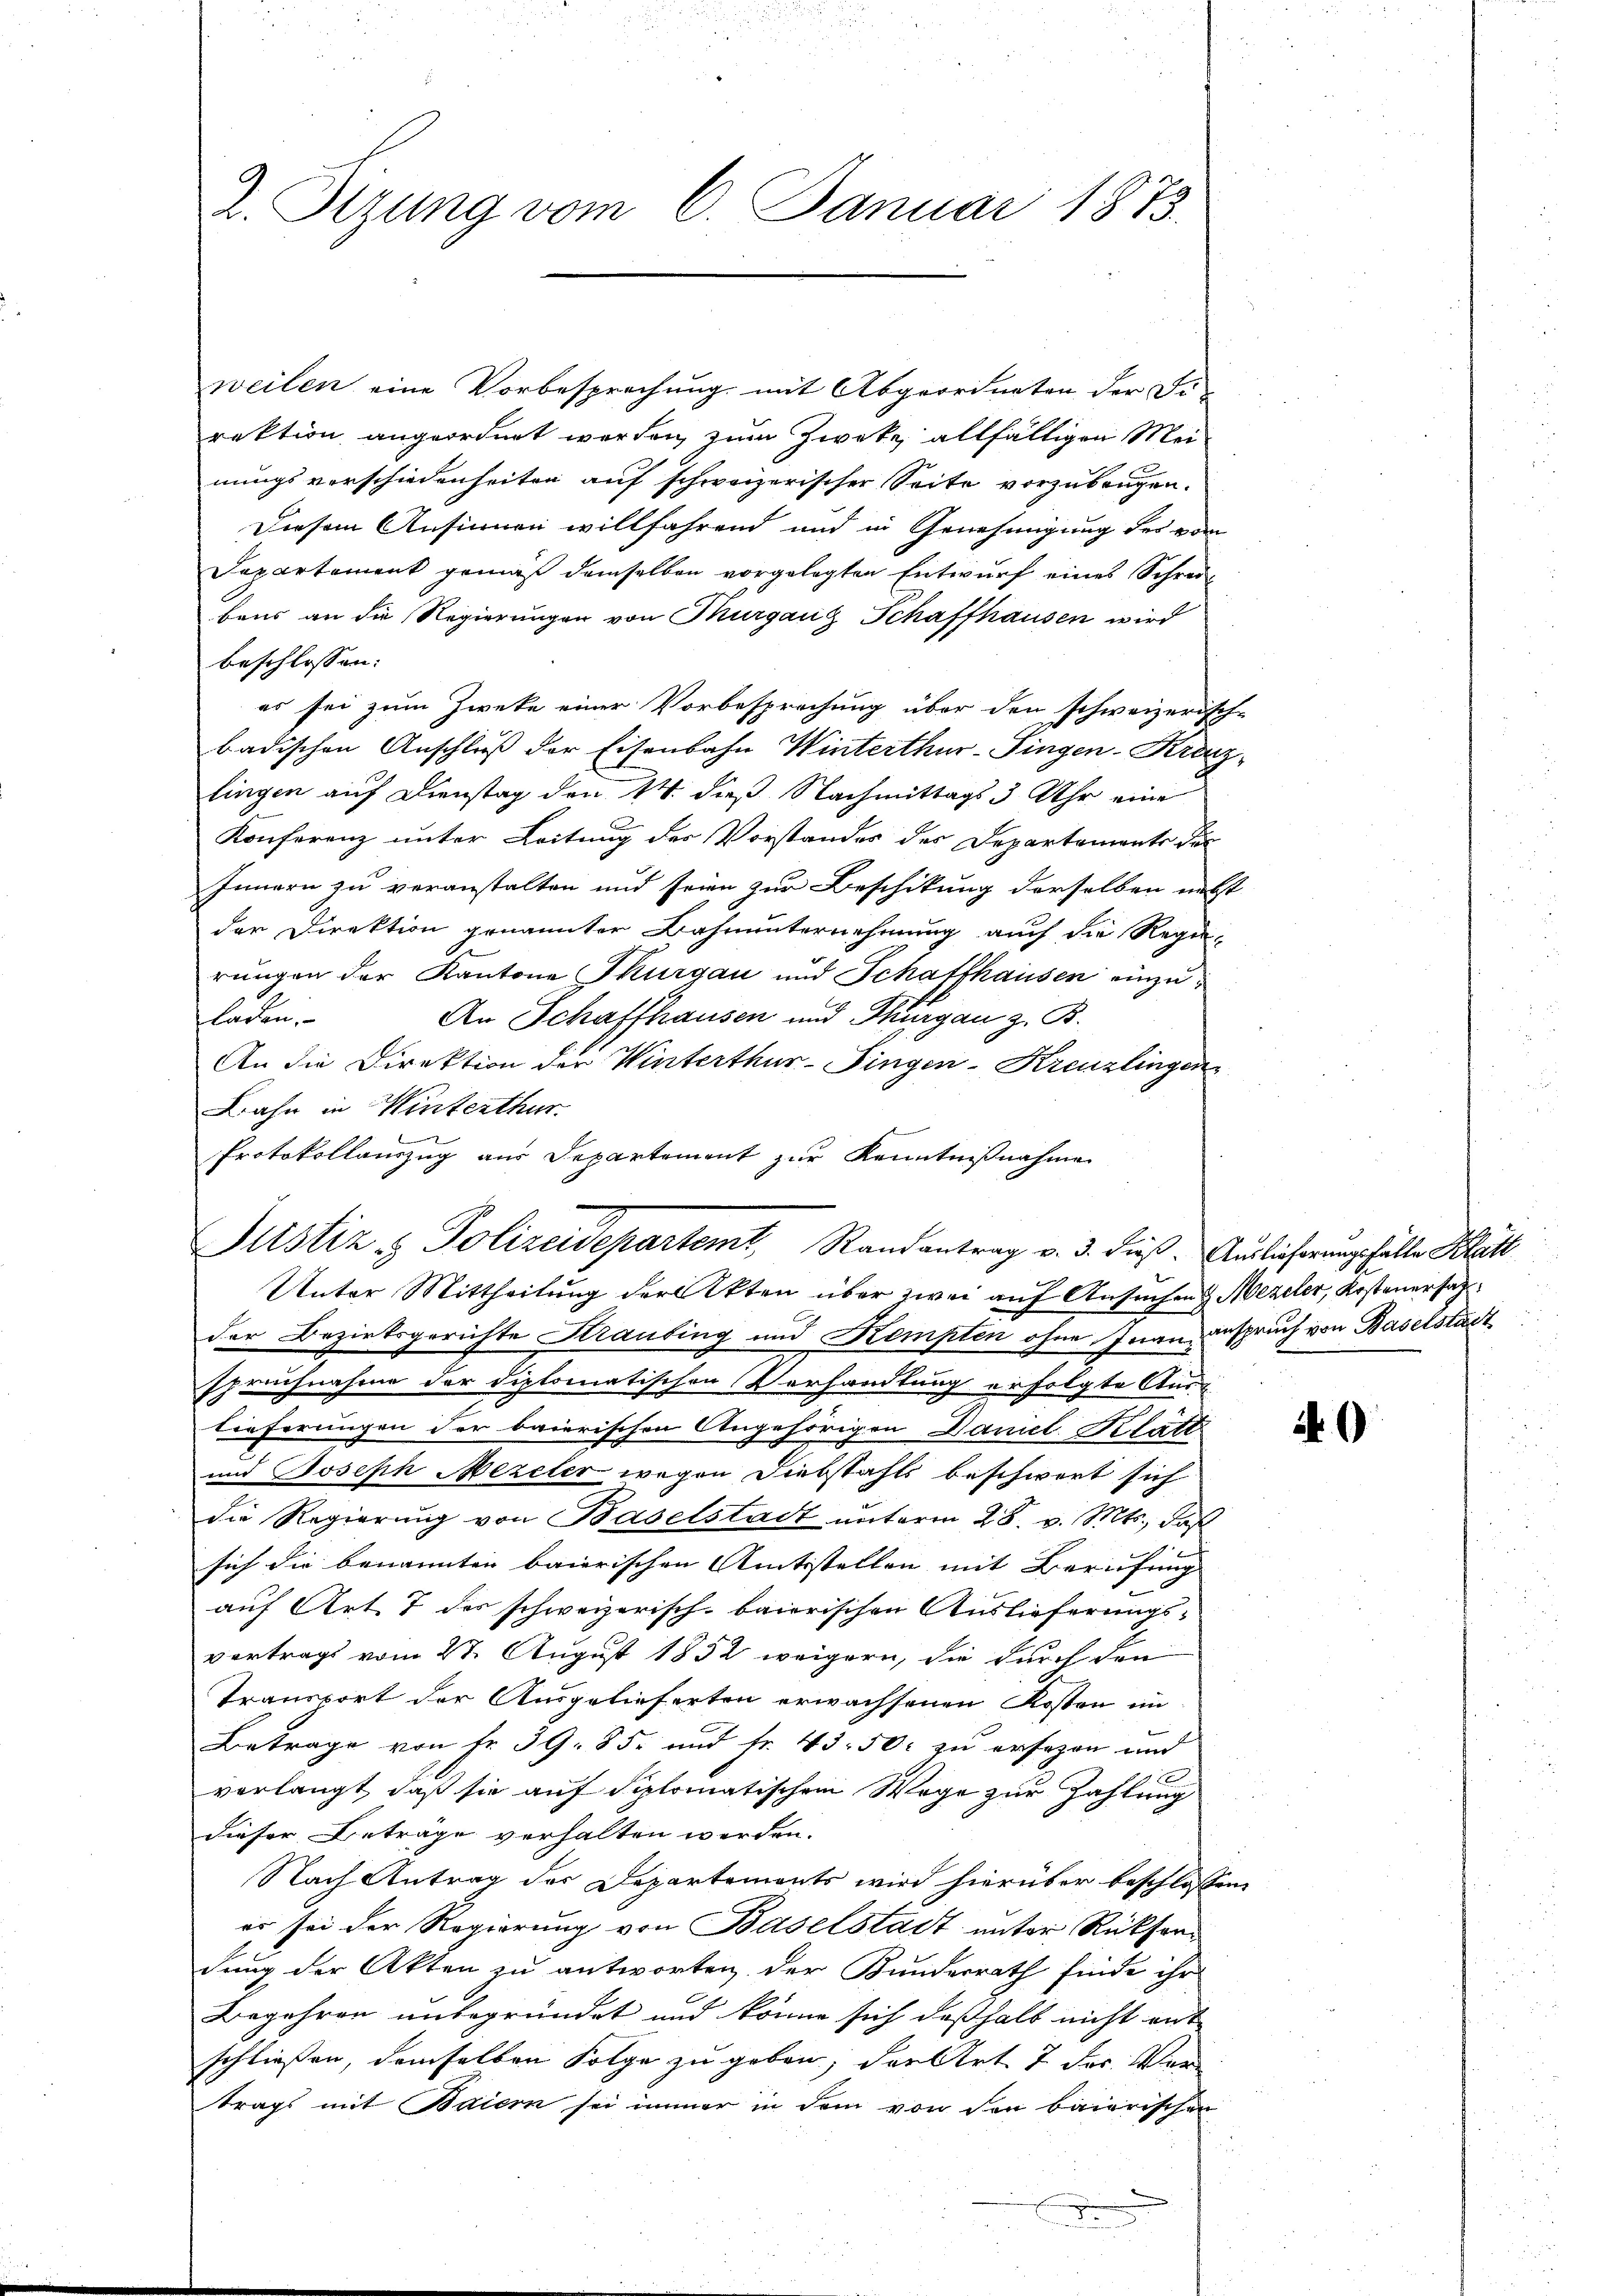
L. Stzung vom 6. Januar 1873.

weilen eine Vorbesprechung mit Abgeordneten der Fi-
rektion angeordnet worden, zum Zwecke allfälligen Meinungsverschiedenheiten auf schweizerischer Seite vorzubeugen.
Diesem Ansinnen willfahrend und in Genehmigung des vom
Dapartement gemäß demselben vorgelegten Entwurf eines Schrei¬
Beus an die Regierungen von Thurganz Schaffhausen wird
beschlossen:
er sei zum Zwecke einer Vorbesprochung über den schweizerisch-
badischen Anschluß der Eisenbahn Winterthur-Fingen-Kranzlingen auf Dienstag den 14. dieß Nachmittags 3 Uhr eine
Konferenz unter Leitung der Vorstandes des Departemente der
Innern zu veranstalten und seien zur Beschikung derselben nebst
der Direktion genannter Bahnunternehmung auch die Regie-
.
rungen der Kantone Thurgau und Schaffhausen einzuladen,
An Schaffhausen und Thurgau z. B.
An die Direktion der Winterthur-Fingen-Kreuzlingen
Bahn in Winterthur.
Protokollauszug aus Departement zur Kenntnißnahme
Justiz & Polizeidepartemt, Randantrag v. 3. dieß. Auslieferungehalte Blätt
Unter Mittheilung der Akten über zwei auf Ansuchen Mezeler, Kosteuersatzder Bezirksgerichte Strauling und Kempten ohne Inanzanspruch von Baselstadt
spruchnahme der diplomatischen Verhandlung erfolgte Aus-
lieferungen der baierischen Angehörigen Daniel Klatt
und Joseph Mezeler wegen Diebstahls beschwert sich
die Regierung von Baselstadt unterm 28. v. Mts., daß
1
sich die benannten baierischen Amtsstellen mit Berufung
auf Art. 7 des schweizerisch-baierischen Auslieferungs-
vortrags vom 27. August 1852 weigern, die durch den
Transport der Ausgelieferten erwachsenen Kosten im
Betrage von Fr. 39. 85. und Fr. 43. 50c zu ersezen und
vorlangt, daß sie auf diplomatischem Wege zur Zahlung
dieser Beträge verhalten werden.
Nach Antrag des Departements wird hierüber beschlossen:
es sei der Regierung von Baselstadt unter Rücksendung der Akten zu antworten der Kunderrath finde ihr
Begehren unbegründet und könne sich deßhalb nicht mit
schließen, demselben Folge zu geben, der Art. 7 des Ver
trags mit Baiern sei immer in dem von den baierischen
d

.